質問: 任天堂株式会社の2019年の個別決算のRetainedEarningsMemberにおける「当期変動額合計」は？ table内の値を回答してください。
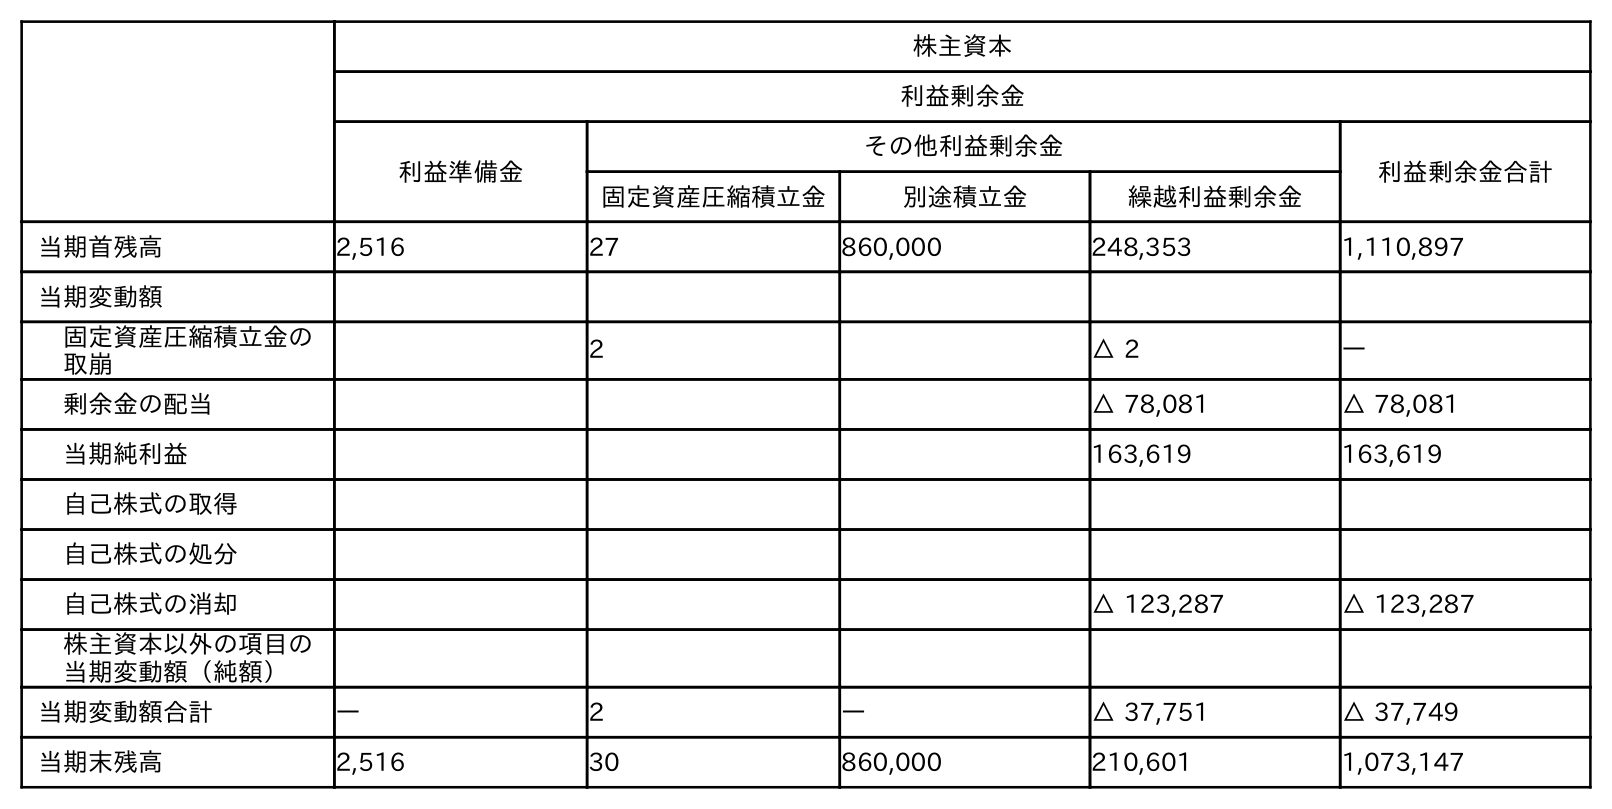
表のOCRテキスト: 株主資本 利益剰余金 利益準備金 その他利益剰余金 利益剰余金合計 固定資産圧縮積立金 別途積立金 繰越利益剰余金 当期首残高 2,516 27 860,000 248,353 1,110,897 当期変動額 固定資産圧縮積立金の 取崩 2 △ 2 ― 剰余金の配当 △ 78,081 △ 78,081 当期純利益 163,619 163,619 自己株式の取得 自己株式の処分 自己株式の消却 △ 123,287 △ 123,287 株主資本以外の項目の 当期変動額（純額） 当期変動額合計 ― 2 ― △ 37,751 △ 37,749 当期末残高 2,516 30 860,000 210,601 1,073,147
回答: △37,749